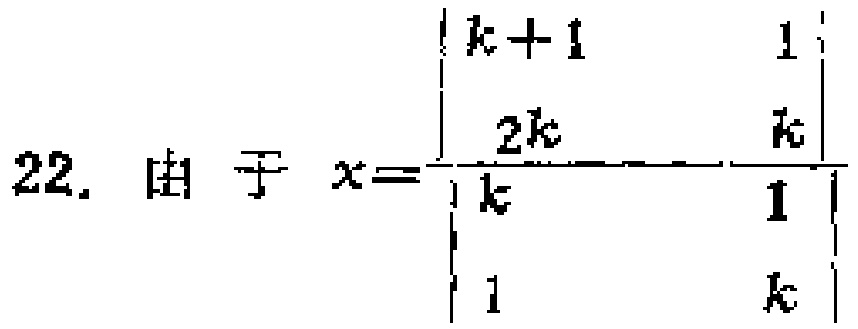
\[22.\ 由于\ x = \frac{\begin{vmatrix}
k + 1 & 1\\
2k & k
\end{vmatrix}}{\begin{vmatrix}
k & 1\\
1 & k
\end{vmatrix}}\]